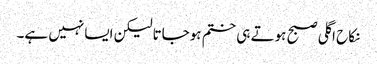
نکاح اگلی صبح ہوتے ہی ختم ہوجاتالیکن ایسانہیں ہے۔